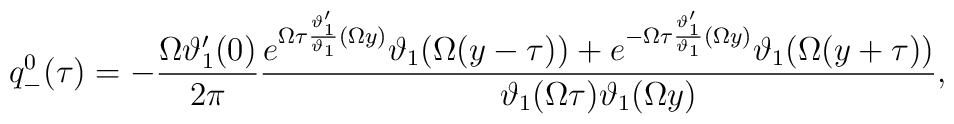
q^0_-(\tau)=-\frac{\Omega\vartheta'_1(0)}{2\pi}\frac{e^{\Omega\tau\frac{\vartheta'_1}{\vartheta_1}(\Omega y)}\vartheta_1(\Omega(y-\tau))+e^{-\Omega\tau\frac{\vartheta'_1}{\vartheta_1}(\Omega y)}\vartheta_1(\Omega(y+\tau))}{\vartheta_1(\Omega\tau)\vartheta_1(\Omega y)},